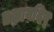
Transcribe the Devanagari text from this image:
॥ज्ञानदिप्